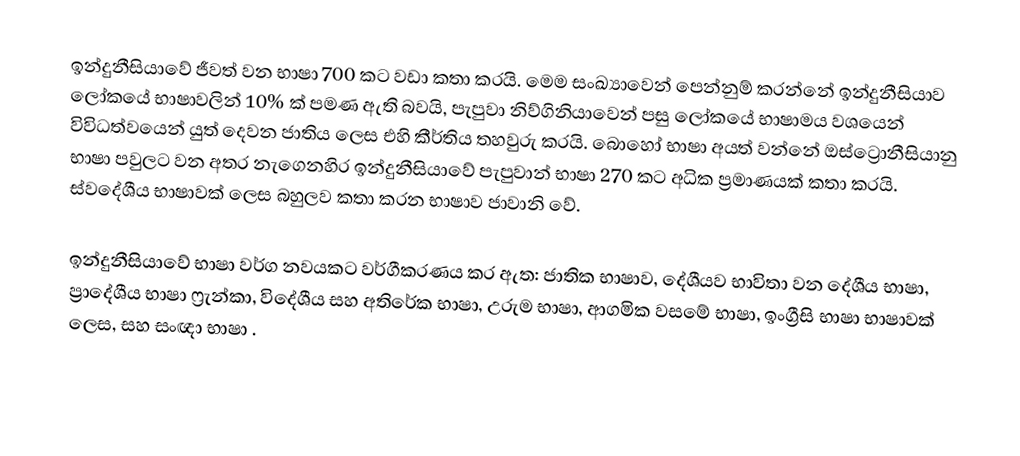
ඉන්දුනීසියාවේ ජීවත් වන භාෂා 700 කට වඩා කතා කරයි.  මෙම සංඛ්‍යාවෙන් පෙන්නුම් කරන්නේ ඉන්දුනීසියාව ලෝකයේ භාෂාවලින් 10% ක් පමණ ඇති බවයි,  පැපුවා නිව්ගිනියාවෙන් පසු ලෝකයේ භාෂාමය වශයෙන් විවිධත්වයෙන් යුත් දෙවන ජාතිය ලෙස එහි කීර්තිය තහවුරු කරයි.  බොහෝ භාෂා අයත් වන්නේ ඔස්ට්‍රොනීසියානු භාෂා පවුලට වන අතර නැගෙනහිර ඉන්දුනීසියාවේ පැපුවාන් භාෂා 270 කට අධික ප්‍රමාණයක් කතා කරයි.  ස්වදේශීය භාෂාවක් ලෙස බහුලව කතා කරන භාෂාව ජාවානි වේ.

ඉන්දුනීසියාවේ භාෂා වර්ග නවයකට වර්ගීකරණය කර ඇත: ජාතික භාෂාව, දේශීයව භාවිතා වන දේශීය භාෂා, ප්‍රාදේශීය භාෂා ෆ්‍රැන්කා, විදේශීය සහ අතිරේක භාෂා, උරුම භාෂා, ආගමික වසමේ භාෂා, ඉංග්‍රීසි භාෂා භාෂාවක් ලෙස, සහ සංඥා භාෂා .